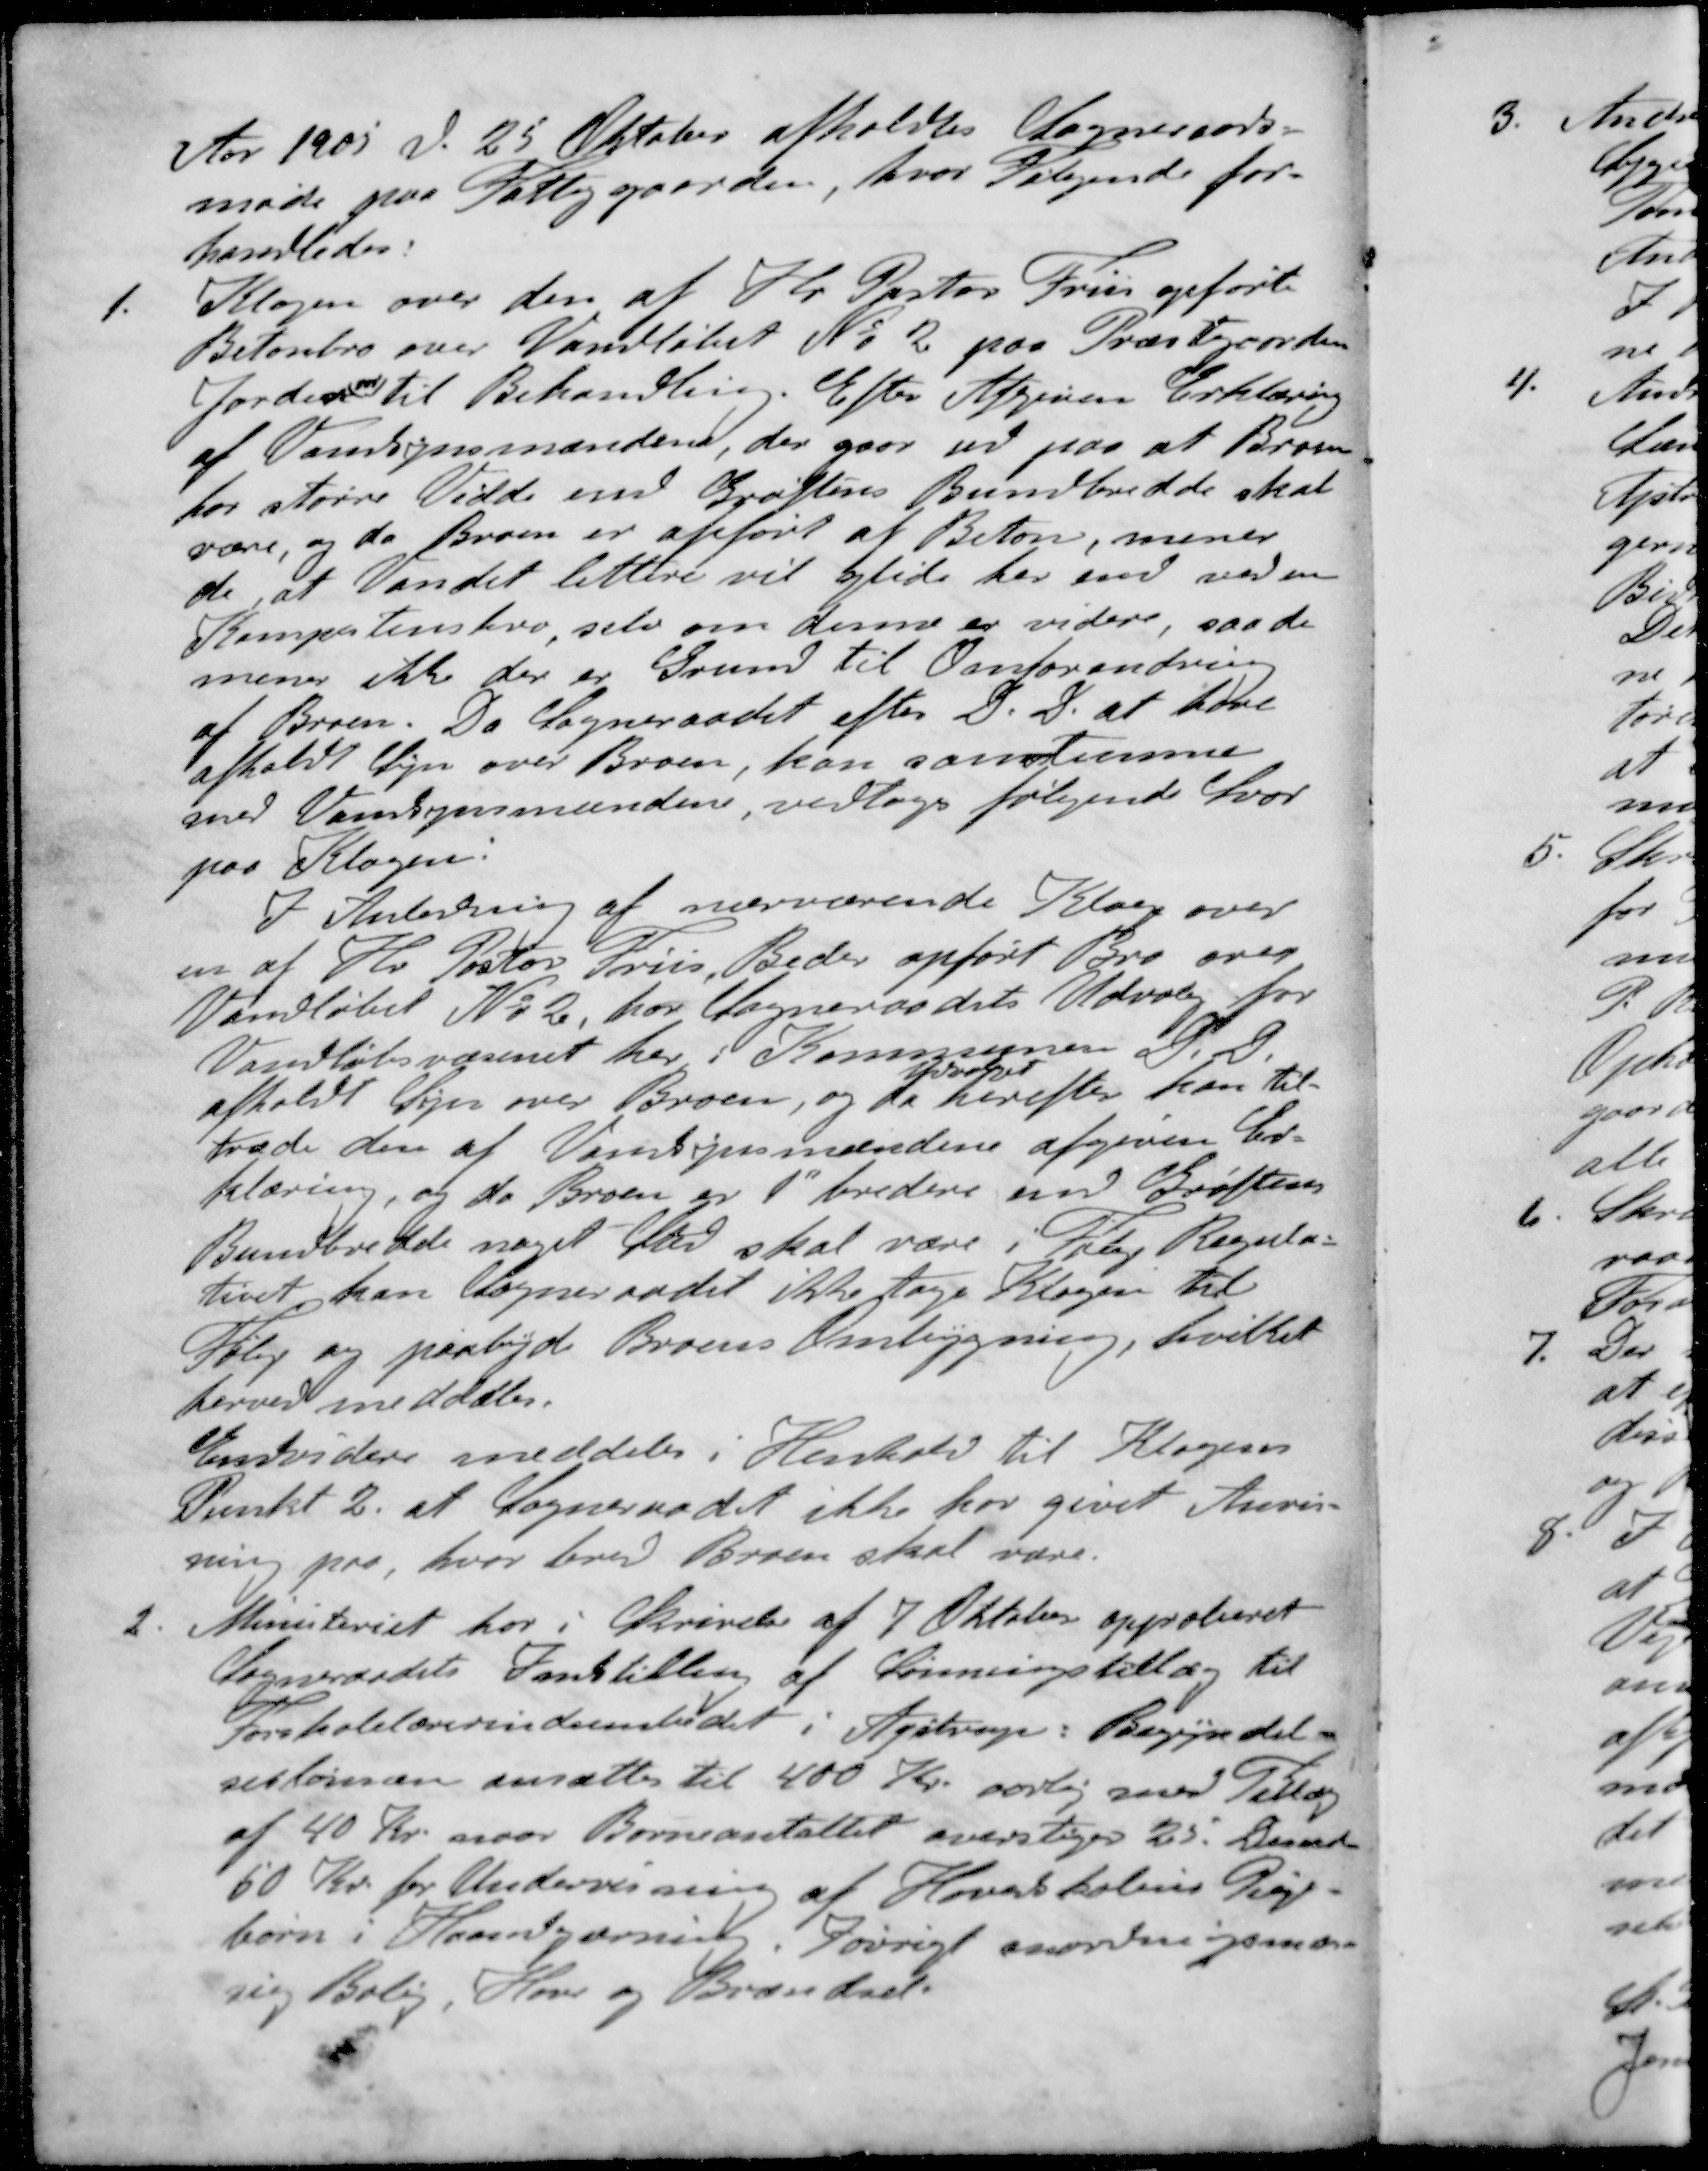
Transskription:
Aar 1905 d. 25 Oktober afholdtes Sogneraads-
møde paa Fattiggaarden, hvor Følgende for-
handledes:
1. Klagen over den at Hr. Pastor Friis opførte
Betonbro over Vandløbet No 2 paa Præstegaards-
Jordens var til Behandling. Efter Afgiven Erklæring
af Vandsynsmændene, der gaar ud paa at Broen
har større Vidde end Grøftens Bundbredde skal
være, og da Broen er opført at Beton, mener
de, at Vandet lettere vil glide her end ved en
Kompetensbro selv om denne er videre, saa de
mener ikke der er Grund til Omforandring
af Broen. Da Sogneraadet efter D. D. at have
afholdt Syn over Broen, kan samstemme
med Vandsynsmændene vedtoges følgende Svar
paa Klagen.
I Anledning af nærværende Klage over
en af Hr. Pastor Friis, Beder opført Bro over
Vandløbet No 2, har Sogneraadets Udvalg for
Vandløbsvæsenet her i Kommunen D. D.
Udvalget
afholdt Syn over Broen, og da herefter kan til-
træde den af Vansynsmændene afgiven Er-
klæring, og da Broen er 1" bredere end Grøftens
Bundbredde noget Sted skal være i Følge Regula-
tivet kan Sogneraadet ikke tage Klagen til
Følge og paabyde Broens Ombygning, hvilket
herved meddeles.
Endvidere meddeles i Henhold til Klagens
Punkt 2. at Sogneraadet ikke har givet Anvis-
ning paa, hvor bred Broen skal være.
2. Ministeriet har i Skrivelse af 7 Oktober approberet
Sogneraadets Instilling af Lønningstillæg til
Forskolelærerindeembedet i Ajstrup: Begyndel-
seslønnen ansættes til 400 Kr. aarlig med Tillæg
af 40 Kr. naar Børneantaltet overstiges 25. Desuden
50 Kr. for Undervisning af Hovedskolens Pleje-
børn i Haandgærning Iøvrigt anordningsmæs-
sig Bolig Have og Brændsel